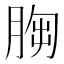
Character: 𦛴